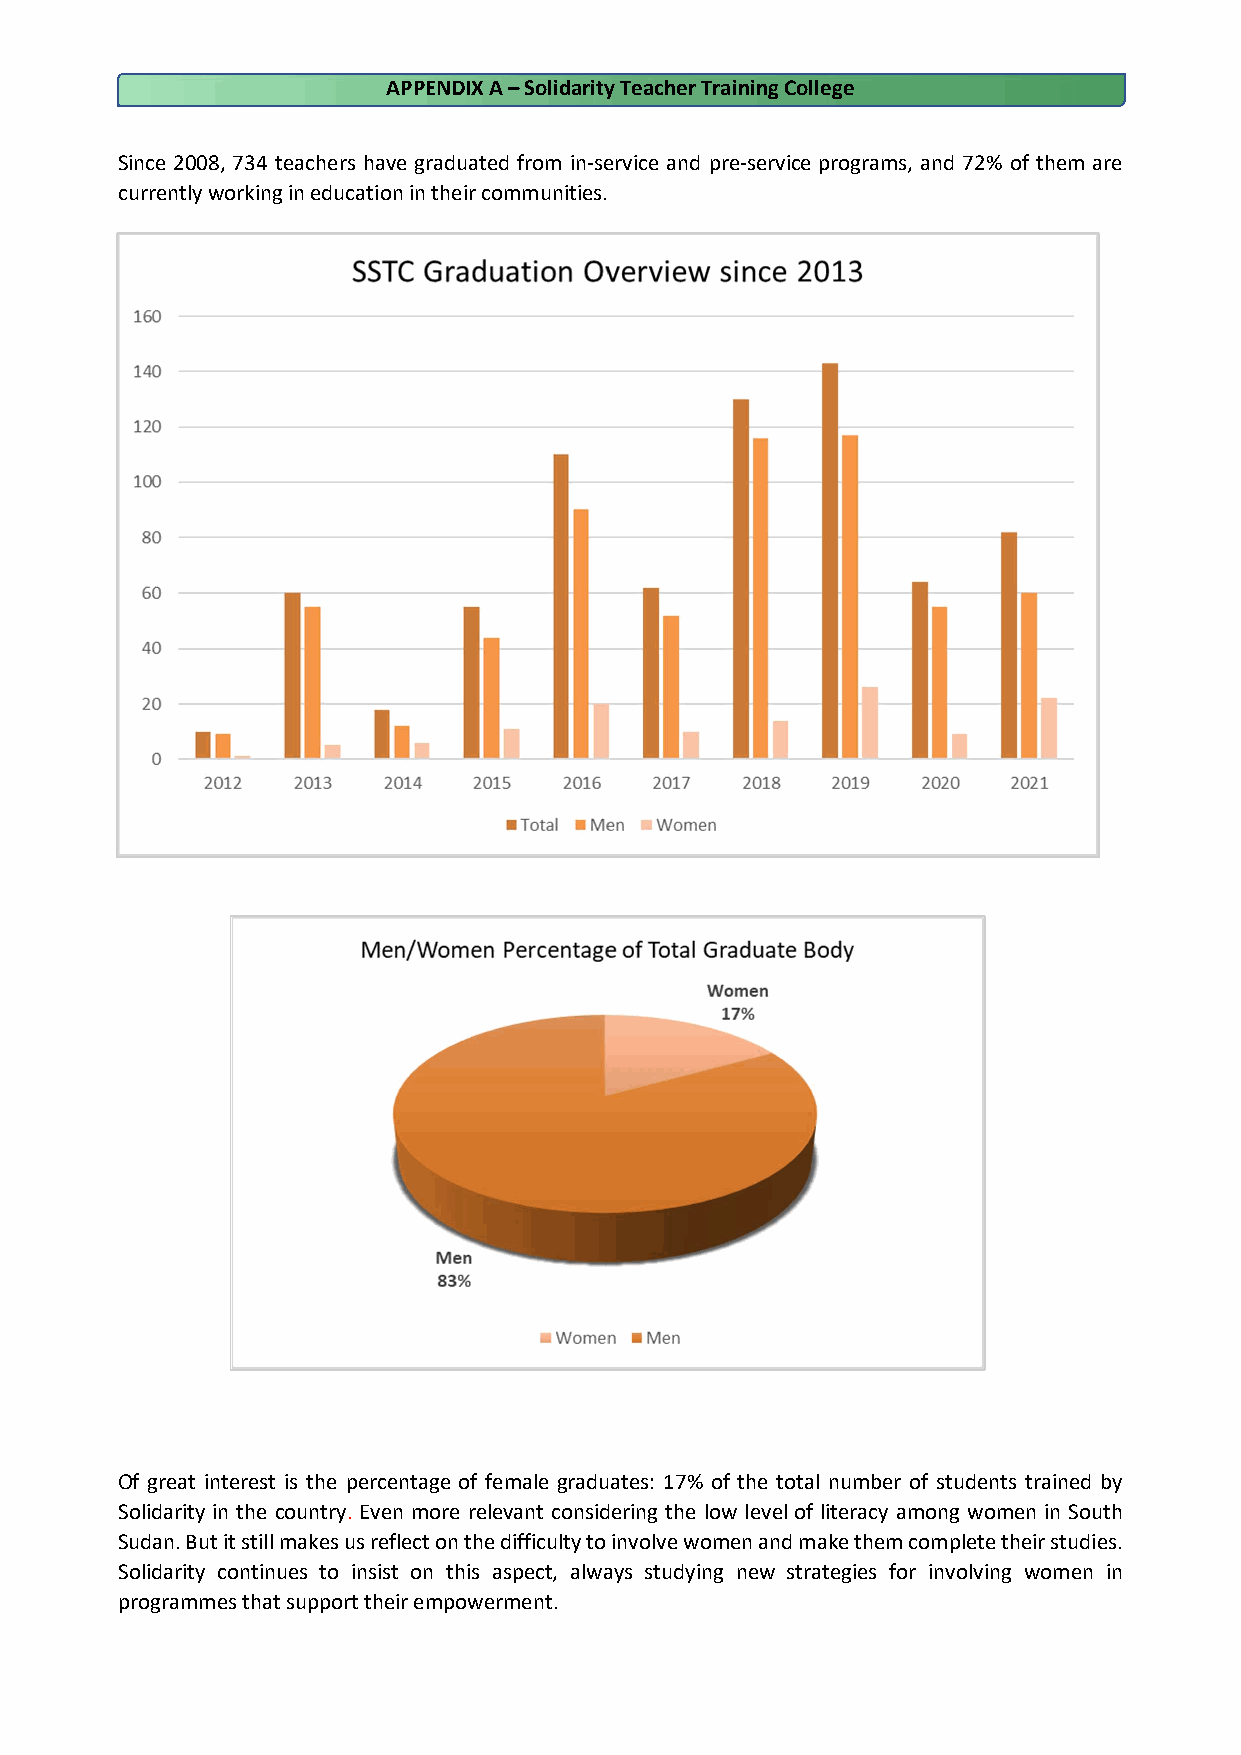
APPENDIX A – Solidarity Teacher Training College
 Since 2008, 734 teachers have graduated from in-service and pre-service programs, and 72% of them are
 currently working in education in their communities.
 Of great interest is the percentage of female graduates: 17% of the total number of students trained by
 Solidarity in the country. Even more relevant considering the low level of literacy among women in South
 Sudan. But it still makes us reflect on the difficulty to involve women and make them complete their studies.
 Solidarity continues to insist on this aspect, always studying new strategies for involving women in
 programmes that support their empowerment.